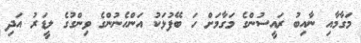
މަގާމާއި ނާއިބު ރައީސުންގެ މަގާމަށް ހަ ބޭފުޅަކު އަންހެނުންގެ ވިންގުގެ ލީޑަރު އަދި